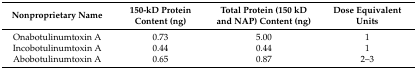
<table><thead><tr><td><b>Nonproprietary Name</b></td><td><b>150-kD Protein Content (ng)</b></td><td><b>Total Protein (150 kD and NAP) Content (ng)</b></td><td><b>Dose Equivalent Units</b></td></tr></thead><tbody><tr><td>Onabotulinumtoxin A</td><td>0.73</td><td>5.00</td><td>1</td></tr><tr><td>Incobotulinumtoxin A</td><td>0.44</td><td>0.44</td><td>1</td></tr><tr><td>Abobotulinumtoxin A</td><td>0.65</td><td>0.87</td><td>2–3</td></tr></tbody></table>